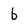
Character: b